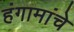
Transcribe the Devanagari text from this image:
हंगामांचे